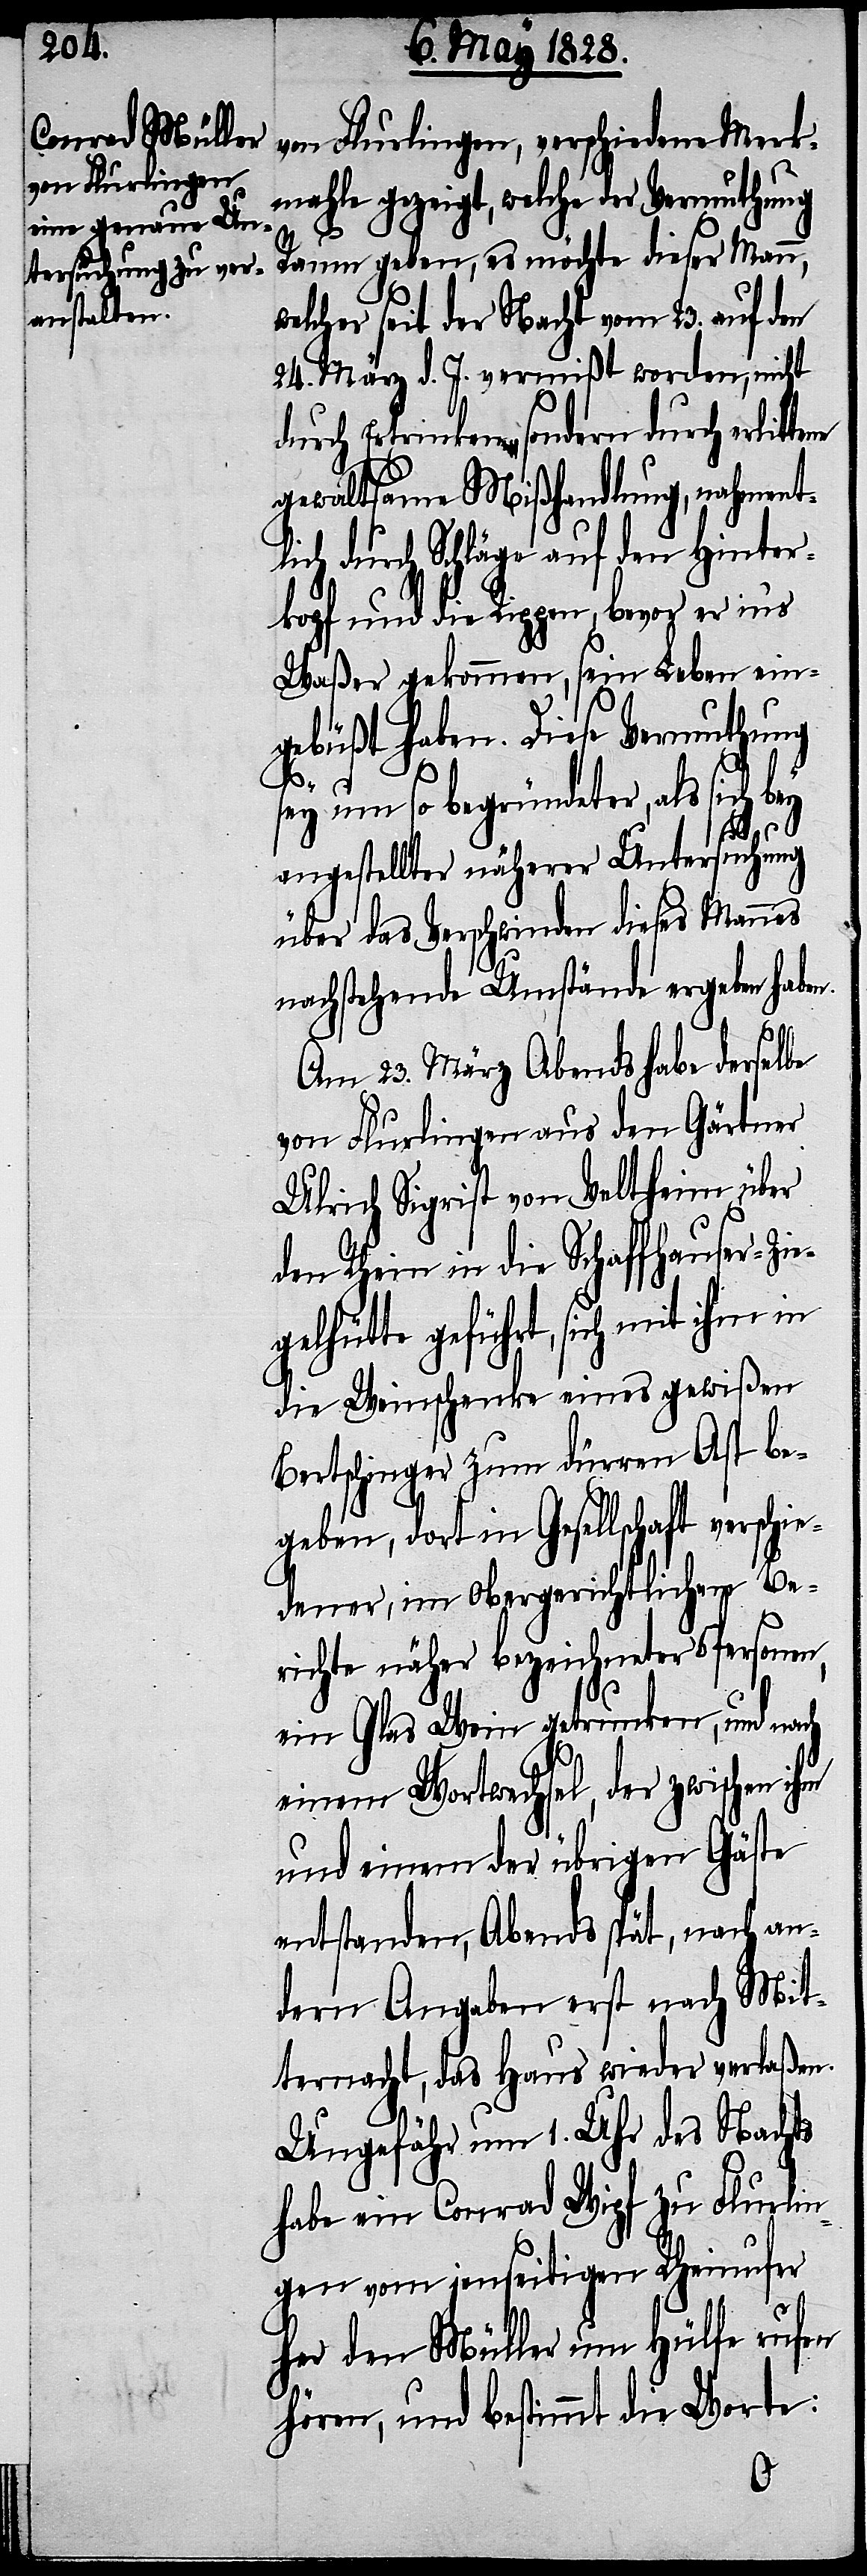
von Flurlingen, verschiedenen Merk¬
mahle gezeigt, welche der Vermuthung
g¬
Raum geben, es möchte dieser Mann,
welcher seit der Nacht vom 23. auf den
24. März d. J. vermißt worden, nicht
durch Ertrinken sondern durch erlit¬
gewaltsame Mißhandlung nahment¬
durch Schläge auf den Hinter¬
kopf und die Rippen, bevor er in‘s
Waßer gekommen, sein Leben ein¬
gebüßt haben. Diese Vermuthung
sey um so begründeter, als sich b¬
ey
angestellter näherer Untersuchung
über das Verschwinden dieses Mannes
nachstehende Umstände ergeben habe¬
Am 23. März Abends habe derselbe
von Flurlingen aus den Gärtner
Ulrich Sigrist von Veltheim über
den Rhein in die Schaffhauser-Zie¬
elhütte geführt, sich mit ihm
die Weinschenke eines gewißen
Bertschingers zum dürren Ast be¬
geben, dort in Gesellschaft verschie¬
dener, im Obergerichtlichen Be¬
richte näher bezeichneter 5 Personen,
ein Glas Wein getrunken, und nach
einem Wortwechsel, der zwischen
und einem der übrigen Gäste
entstanden, Abends spät, nach an¬
dern Angaben erst nach Mit¬
ternacht, das Haus wieder verlaßen.
Ungefähr um 1. Uhr des Nachts
habe ein Conrad Wipf zu Flurlin¬
gen vom jenseitigen Rheinufer
lich
her den Müller um Hülfe rufen
hören, und bestimmt die Worte: